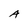
Character: A